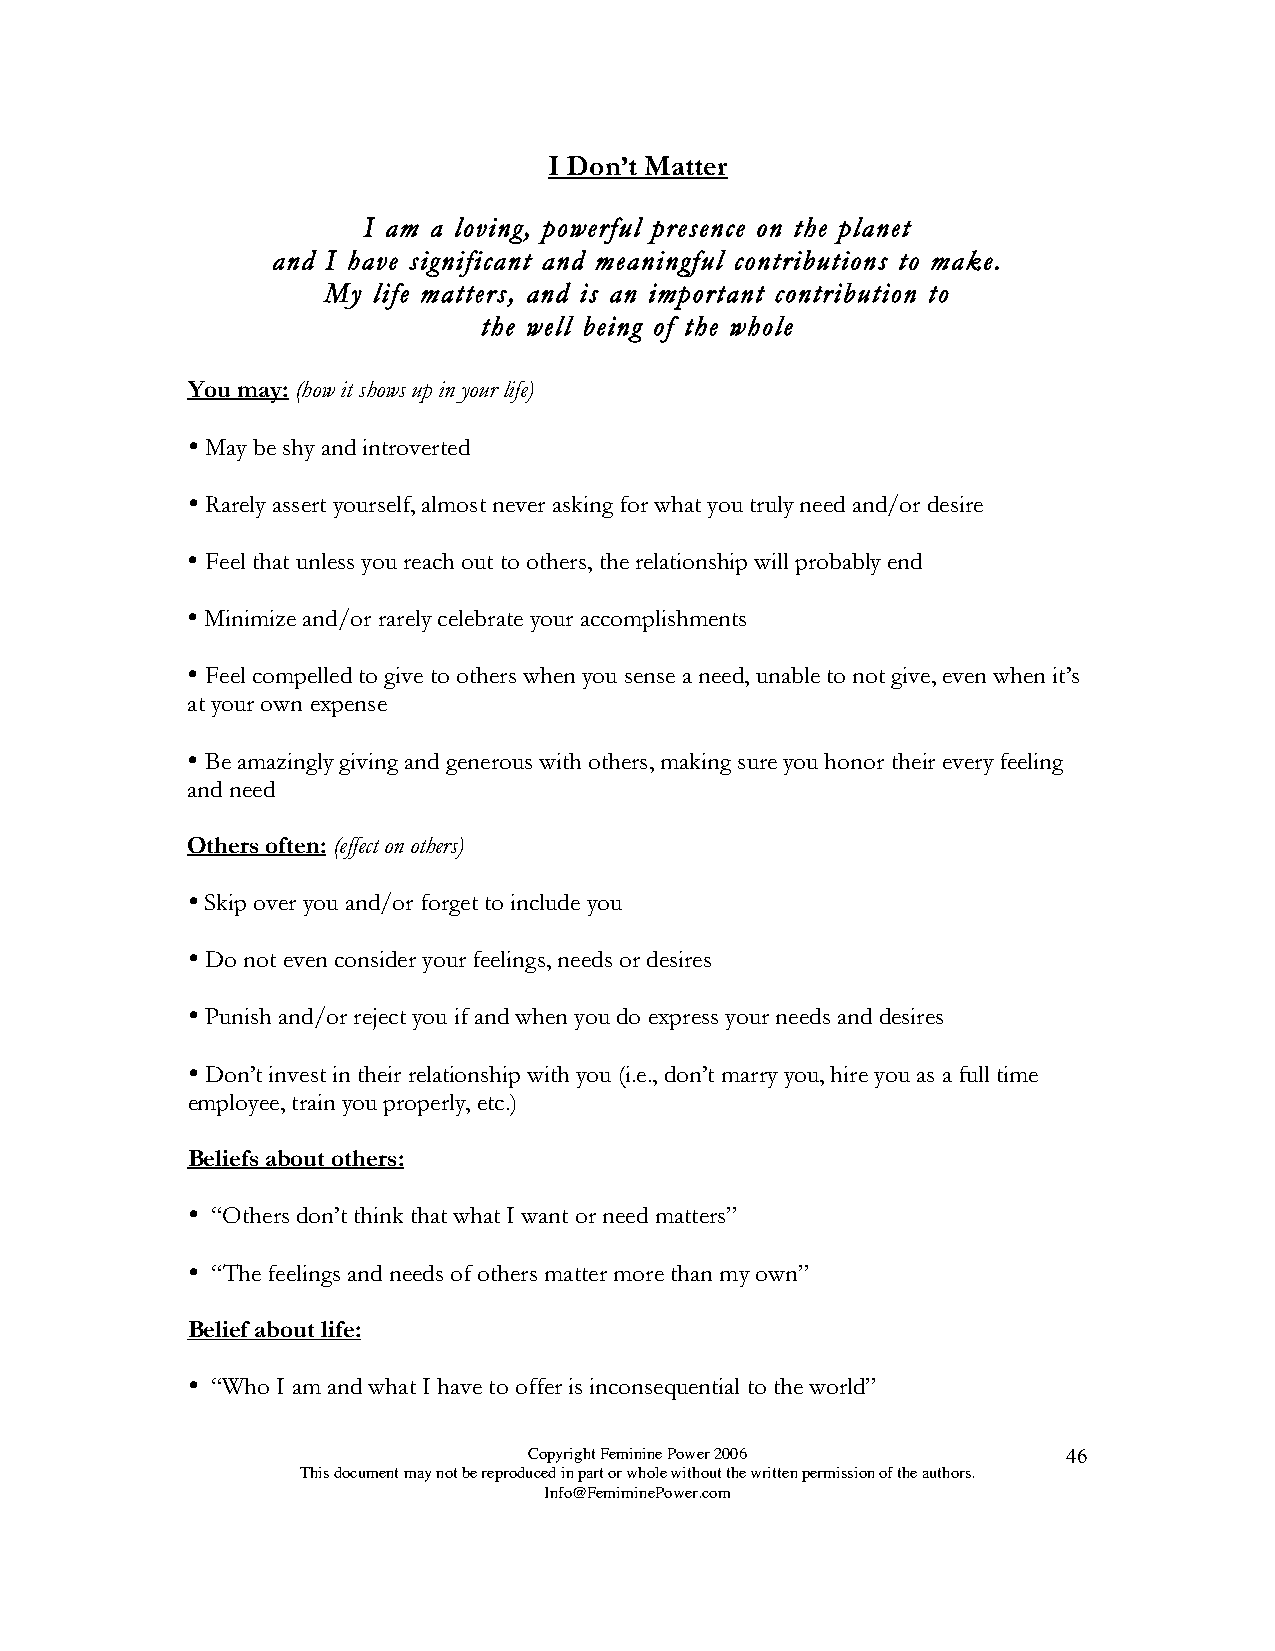
I Don’t Matter
 I am a loving, powerful presence on the planet
 and I have significant and meaningful contributions to make.
 My  life matters, and is an important contribution to
 the well being of the whole
 You may: (how it shows up in your life)
 
 May be shy and introverted
 
 Rarely assert yourself, almost never asking for what you truly need and/or desire
 
 Feel that unless you reach out to others, the relationship will probably end
 
 Minimize and/or rarely celebrate your accomplishments
 
 Feel compelled to give to others when you sense a need, unable to not give, even when it’s
 at your own expense
 
 Be amazingly giving and generous with others, making sure you honor their every feeling
 and need
 Others often: (effect on others)
 
 Skip over you and/or forget to include you
 
 Do not even consider your feelings, needs or desires
 
 Punish and/or reject you if and when you do express your needs and desires
 
 Don’t invest in their relationship with you (i.e., don’t marry you, hire you as a full time
 employee, train you properly, etc.)
 Beliefs about others:
 
 “Others don’t think that what I want or need matters”
 
 “The feelings and needs of others matter more than my own”
 Belief about life:
 
 “Who I am and what I have to offer is inconsequential to the world”
 Copyright Feminine Power 2006       46
 This document may not be reproduced in part or whole without the written permission of the authors.
 Info@FemiminePower.com